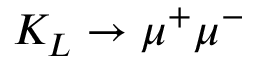
K _ { L } \rightarrow \mu ^ { + } \mu ^ { - }